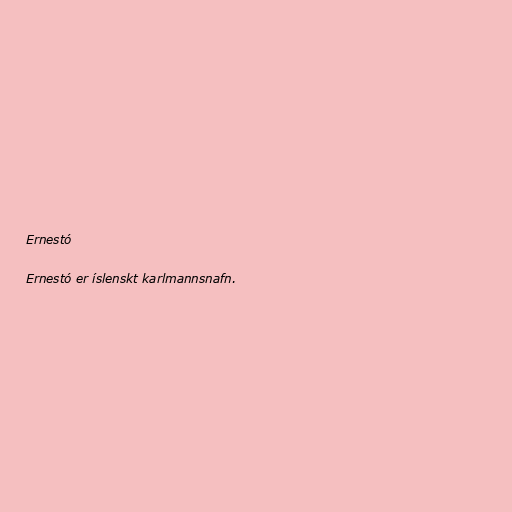
Ernestó

Ernestó er íslenskt karlmannsnafn.